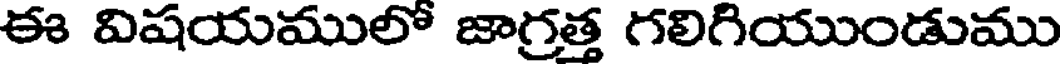
ఈ విషయములో జాగ్రత్త గలిగియుండుము